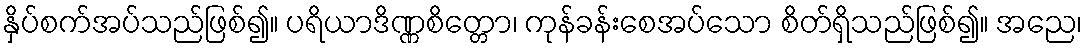
နှိပ်စက်အပ်သည်ဖြစ်၍။ ပရိယာဒိဏ္ဏစိတ္တော၊ ကုန်ခန်းစေအပ်သော စိတ်ရှိသည်ဖြစ်၍။ အညေ၊